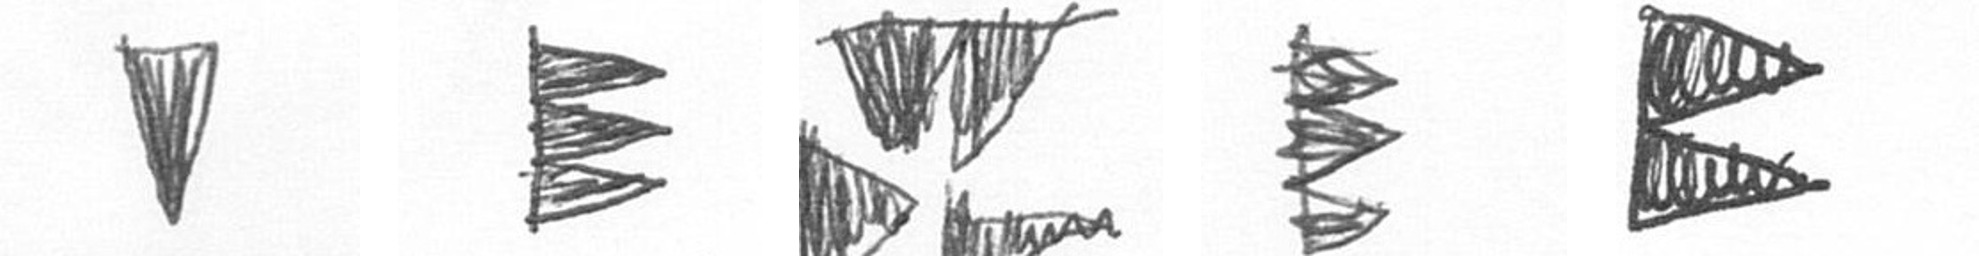
J H B H P